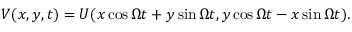
V ( x , y , t ) = U ( x \cos \Omega t + y \sin \Omega t , y \cos \Omega t - x \sin \Omega t ) .